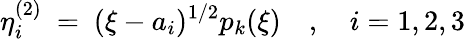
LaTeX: \eta_{i}^{(2)}\ =\ (\xi-a_{i})^{1/2}p_{k}(\xi)\quad,\quad i=1,2,3